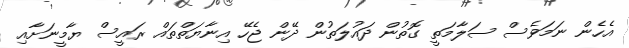
އެހެން ނަމަވެސް ސަލާމަތީ ގޮތުން ދައުލަތުން ދޭން ޖެހޭ އިނާޔަތްތައް ރައީސް ޔާމީނަށާއި